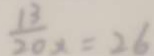
\frac { 1 3 } { 2 0 x } = 2 6